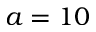
a = 1 0